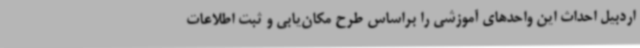
اردبیل احداث این واحدهای آموزشی را براساس طرح مکان‌یابی و ثبت اطلاعات